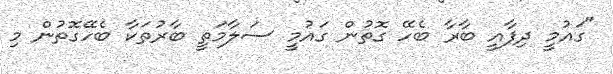
"ގައުމީ ދިފާއީ ބާރާ ބެހޭ ގޮތުން ގައުމީ ސަލާމަތީ ބާރުތަކާ ބެހޭގޮތުން މި